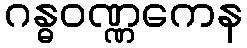
ဂန္ဓဝဏ္ဏကေန